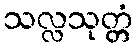
သလ္လသုတ္တံ